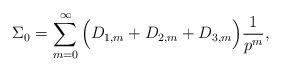
LaTeX: \begin{align*}\Sigma_0 = \sum_{m=0}^{\infty} \Big( D_{1,m}+D_{2,m} + D_{3,m}\Big) \frac{1}{p^m},\end{align*}